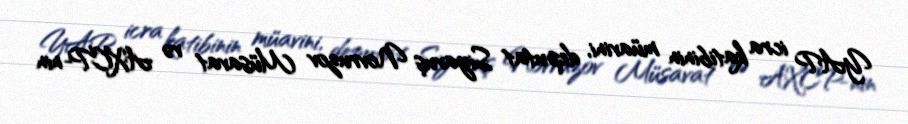
YAP icra katibinin müavini, deputat Siyavuş Novruzov Müsavat və AXCP-nin